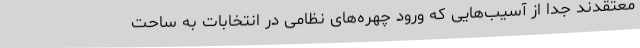
معتقدند جدا از آسیب‌هایی که ورود چهره‌های نظامی در انتخابات به ساحت